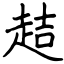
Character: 趌